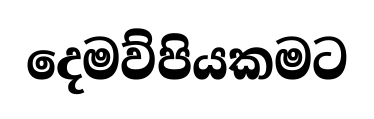
දෙමව්පියකමට